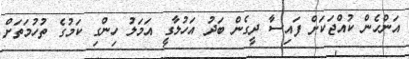
އަންހެން ކުއްޖަކަށް ފައިސާ ދީގެން ބަދު އަހުލާގީ އަމަލު ހިންގި ކަމުގެ ތުހުމަތަށް